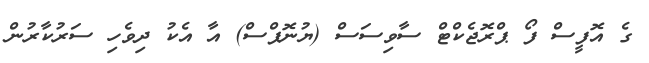
ގެ އޮފީސް ފޯ ޕްރޮޖެކްޓް ސާވިސަސް (ޔުނޮޕްސް) އާ އެކު ދިވެހި ސަރުކާރުން